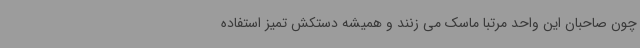
چون صاحبان این واحد مرتبا ماسک می زنند و همیشه دستکش تمیز استفاده